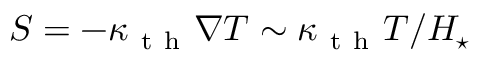
S = - \kappa _ { \mathrm { ~ t ~ h ~ } } \nabla T \sim \kappa _ { \mathrm { ~ t ~ h ~ } } T / H _ { \star }